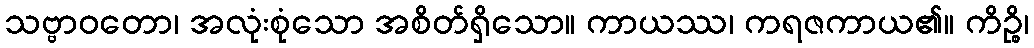
သဗ္ဗာဝတော၊ အလုံးစုံသော အစိတ်ရှိသော။ ကာယဿ၊ ကရဇကာယ၏။ ကိဉ္စိ၊